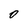
Character: 0